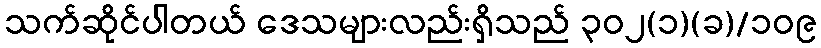
သက်ဆိုင်ပါတယ် ဒေသများလည်းရှိသည် ၃၀၂(၁)(ခ)/၁၀၉